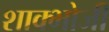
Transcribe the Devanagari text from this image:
शाक्भोजी